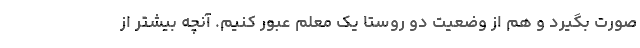
صورت بگیرد و هم از وضعیت دو روستا یک معلم عبور کنیم. آنچه بیشتر از